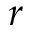
r